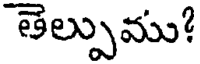
తెల్పుము!